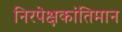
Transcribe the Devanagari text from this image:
निरपेक्षकांतिमान